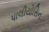
પાલીયોસિન